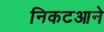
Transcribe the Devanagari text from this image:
निकटआने